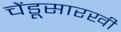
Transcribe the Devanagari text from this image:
चेंडूसारखी